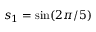
s _ { 1 } = \sin ( 2 \pi / 5 )